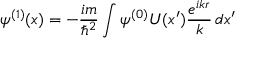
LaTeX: \psi ^ { ( 1 ) } ( x ) = - { \frac { i m } { \hbar ^ { 2 } } } \int \psi ^ { ( 0 ) } U ( x ^ { \prime } ) { \frac { e ^ { i k r } } { k } } \, d x ^ { \prime }